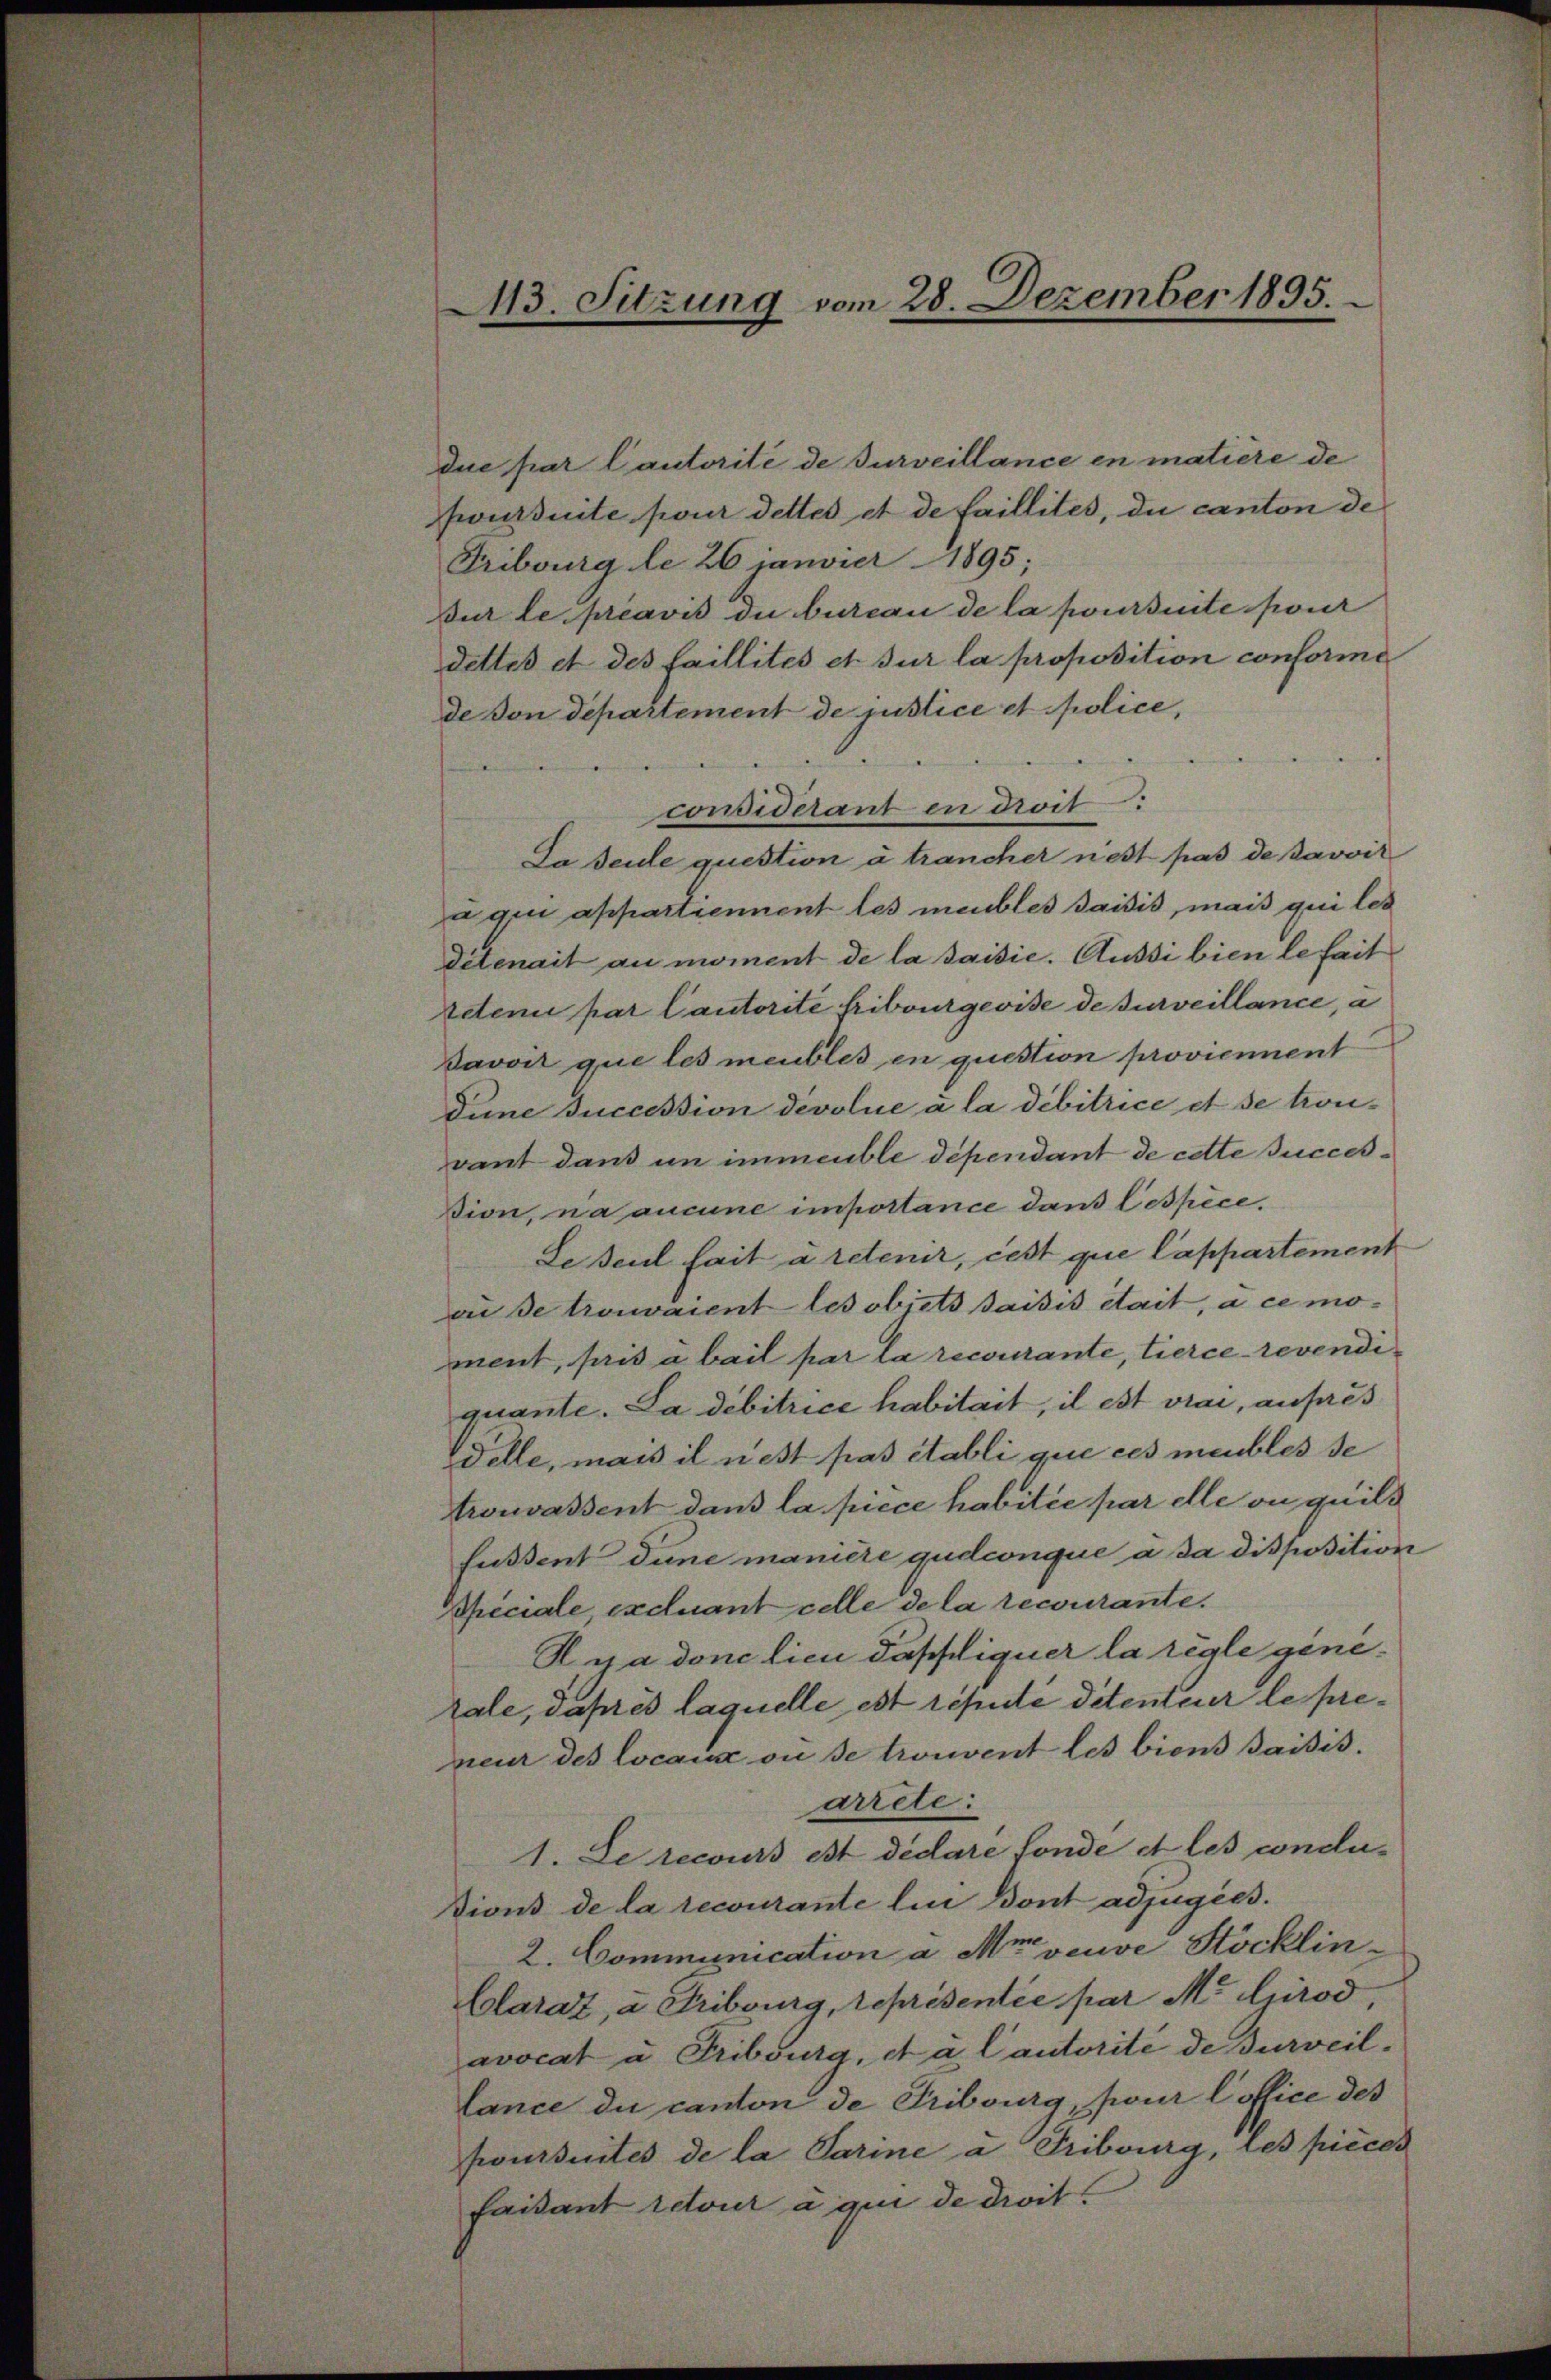
due par l’autorité de surveillance en matiere de
Foursuite pour dettes et de faillites, du canton de
Fribourg le 26 Janvier 1895;
sur le préavis die bureau de la poursuite pour
dettes et des faillités et sur la proposition conforme
de von Departement de justice et police,
considerant en droit
Ja seule question à trancher nett pas de pavvir
a qui appartiennent les meubles saisis, mais qui les
ditenait au moment de la saisie. Aussi bien le fait
retene par Cautorite Fribourgeoise de surveillance, a
Davos que les meubles en question proviennent
dune succession devolue à la débitrice et se trou-
vant dans in immeuble dépendant de cette succes-
sion, na aucune importance dan Cespèce.
Le seul fait à retenir, cest que Cappartement
an de trouvaient les objets saisis était, à ce moment, pris à bail par la recourante, tierce revendiquante. La débitrice habitait, il est vrai, aufes
Felle, mais il nest pas établi que ces meubles se
trovassent dans la piece habitée par elle ou quild
fussent dune manière gudconque à da disposition
Opiciale, excluant celle de la recourante.
Aya done lieu dappliquer la règle generale, daprès laquelle est réputé détentier le preneur des locain on se trouvent les biens Baisis.
arrete:
1. Se recours et dédare londe et les condu¬
Dions de la recourante lui ont adjugées.
2. Communication a Mareuve Höcklin-
Clarat, a Fribourg, représentée par M. Girod,
avocat à Fribourg, et a lautorité de surveillance du canton de Tribourg, pour l’office des
poursuites de la Parine a Tribourg, les pieces
faisant retour a qui de droit.

43. Sitzung vom 28. Dezember 1895.